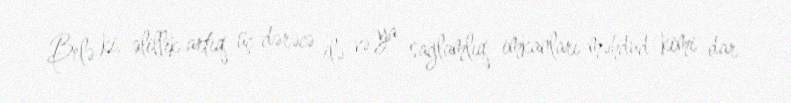
Belə ki, əlillik artıq üç dərəcə ilə və ya sağlamlıq imkanları məhdud kimi dar